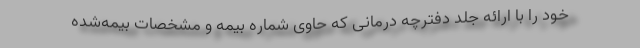
خود را با ارائه جلد دفترچه درمانی که حاوی شماره بیمه و مشخصات بیمه‌شده